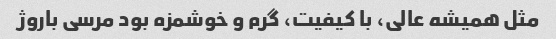
مثل همیشه عالی، با کیفیت، گرم و خوشمزه بود مرسی باروژ